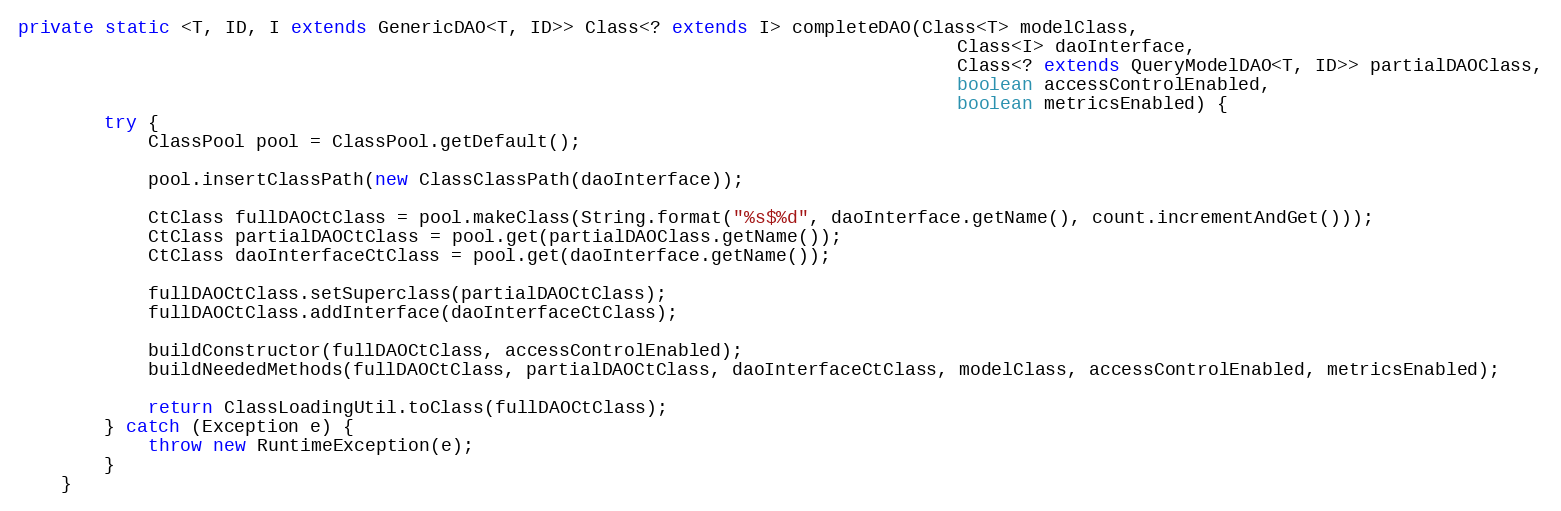
Language: Java
private static <T, ID, I extends GenericDAO<T, ID>> Class<? extends I> completeDAO(Class<T> modelClass,
                                                                                       Class<I> daoInterface,
                                                                                       Class<? extends QueryModelDAO<T, ID>> partialDAOClass,
                                                                                       boolean accessControlEnabled,
                                                                                       boolean metricsEnabled) {
        try {
            ClassPool pool = ClassPool.getDefault();

            pool.insertClassPath(new ClassClassPath(daoInterface));

            CtClass fullDAOCtClass = pool.makeClass(String.format("%s$%d", daoInterface.getName(), count.incrementAndGet()));
            CtClass partialDAOCtClass = pool.get(partialDAOClass.getName());
            CtClass daoInterfaceCtClass = pool.get(daoInterface.getName());

            fullDAOCtClass.setSuperclass(partialDAOCtClass);
            fullDAOCtClass.addInterface(daoInterfaceCtClass);

            buildConstructor(fullDAOCtClass, accessControlEnabled);
            buildNeededMethods(fullDAOCtClass, partialDAOCtClass, daoInterfaceCtClass, modelClass, accessControlEnabled, metricsEnabled);

            return ClassLoadingUtil.toClass(fullDAOCtClass);
        } catch (Exception e) {
            throw new RuntimeException(e);
        }
    }